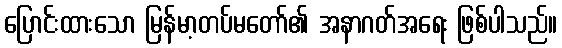
ပြောင်းထားသော မြန်မာ့တပ်မတော်၏ အနာဂတ်အရေး ဖြစ်ပါသည်။